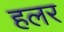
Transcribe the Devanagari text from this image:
हलर